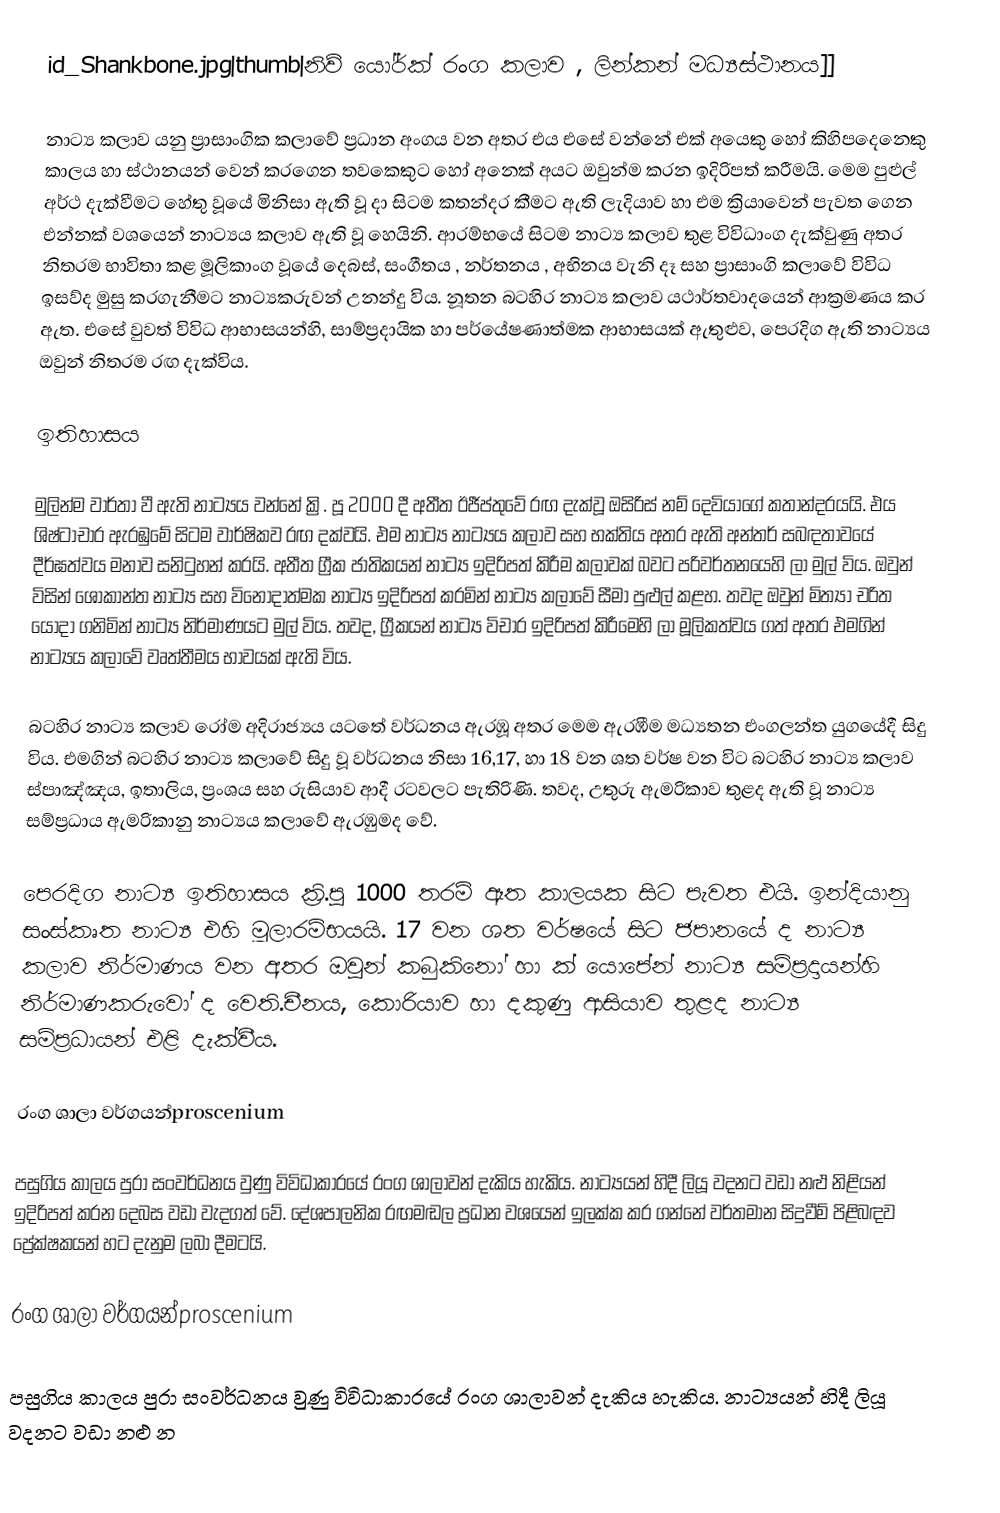
id_Shankbone.jpg|thumb|නිව් යෝර්ක් රංග කලාව , ලින්කන් මධ්‍යස්ථානය]]

නාට්‍ය කලාව යනු ප්‍රාසාංගික කලාවේ ප්‍රධාන අංගය වන අතර එය එසේ වන්නේ එක් අයෙකු හෝ කිහිපදෙනෙකු කාලය හා ස්ථානයන් වෙන් කරගෙන තවකෙකුට හෝ අනෙක් අයට ඔවුන්ම කරන ඉදිරිපත් කරීමයි. මෙම පුළුල් අර්ථ දැක්වීමට හේතු වූයේ මිනිසා ඇති වූ දා සිටම කතන්දර කීමට ඇති ලැදියාව හා එම ක්‍රියාවෙන් පැවත ගෙන එන්නක් වශයෙන් නාට්‍යය කලාව ඇති වූ හෙයිනි. ආරම්භයේ සිටම නාට්‍ය කලාව තුළ විවිධාංග දැක්වුණු අතර නිතරම භාවිතා කළ මූලිකාංග වූයේ දෙබස්, සංගීතය , නර්තනය , අභිනය වැනි දෑ සහ ප්‍රාසාංගි කලාවේ විවිධ ඉසව්ද මුසු කරගැනීමට නාට්‍යකරුවන් උනන්දු විය. නූතන බටහිර නාට්‍ය කලාව යථාර්තවාදයෙන් ආක්‍රමණය කර ඇත. එසේ වුවත් විවිධ ආභාසයන්හි, සාම්ප්‍රදායික හා පර්යේෂණාත්මක ආභාසයක් ඇතුළුව, පෙරදිග ඇති නාට්‍යය ඔවුන් නිතරම රඟ දැක්විය.

ඉතිහාසය

මුලින්ම වාර්තා වී ඇති නාට්‍යය වන්නේ ක්‍රි. පූ 2000 දී අතීත ඊජීප්තුවේ රඟ දැක්වූ ඔසිරිස් නම් දෙවියාගේ කතාන්දරයයි. එය ශිෂ්ටාචාර ඇරඹුමේ සිටම වාර්ෂිකව රඟ දක්වයි. එම නාට්‍ය නාට්‍යය කලාව සහ භක්තිය අතර ඇති අන්තර් සබඳතාවයේ දීර්ඝත්වය මනාව සනිටුහන් කරයි. අතීත ග්‍රීක ජාතිකයන් නාට්‍ය ඉදිරිපත් කිරීම කලාවක් බවට පරිවර්තනයෙහි ලා මුල් විය. ඔවුන් විසින් ශෝකාන්ත නාට්‍ය සහ විනෝදාත්මක නාට්‍ය ඉදිරිපත් කරමින් නාට්‍ය කලාවේ සීමා පුළුල් කළහ. තවද ඔවුන් මිත්‍යා චරිත යොදා ගනිමින් නාට්‍ය නිර්මාණයට මුල් විය. තවද, ග්‍රීකයන් නාට්‍ය විචාර ඉදිරිපත් කිරීමෙහි ලා මූලිකත්වය ගත් අතර එමගින් නාට්‍යය කලාවේ වෘත්තීමය භාවයක් ඇති විය.

බටහිර නාට්‍ය කලාව රෝම අදිරාජ්‍යය යටතේ වර්ධනය ඇරඹූ අතර මෙම ඇරඹීම මධ්‍යතන එංගලන්ත යුගයේදී සිදු විය. එමගින් බටහිර නාට්‍ය කලාවේ සිදු වූ වර්ධනය නිසා 16,17, හා 18 වන ශත වර්ෂ වන විට බටහිර නාට්‍ය කලාව ස්පාඤ්ඤය, ඉතාලිය, ප්‍රංශය සහ රුසියාව ආදී රටවලට පැතිරිණි. තවද, උතුරු ඇමරිකාව තුළද ඇති වූ නාට්‍ය සම්ප්‍රධාය ඇමරිකානු නාට්‍යය කලාවේ ඇරඹුමද වේ.

පෙරදිග නාට්‍ය ඉතිහාසය ක්‍රි.පූ 1000 තරම් ඈත කාලයක සිට පැවත එයි. ඉන්දියානු සංස්කෘත නාට්‍ය එහි මූලාරම්භයයි. 17 වන ශත වර්ෂයේ සිට ජපානයේ  ද නාට්‍ය කලාව නිර්මාණය වන අතර ඔවුන් කබුකිනෝ හා  ක් යොපේන් නාට්‍ය සම්ප්‍රදායන්හි නිර්මාණකරුවෝ ද වෙති.චීනය, කොරියාව හා දකුණු ආසියාව තුළද නාට්‍ය සම්ප්‍රධායන්  එළි දැක්වීය.

රංග ශාලා වර්ගයන්proscenium

පසුගිය කාලය පුරා සංවර්ධනය වුණු විවිධාකාරයේ රංග ශාලාවන් දැකිය හැකිය. නාට්‍යයන් හිදී ලියූ වදනට වඩා නළු නිළියන් ඉදිරිපත් කරන දෙබස වඩ‍ා වැදගත් වේ. දේශපාලනික රඟමඬල ප්‍රධාන වශයෙන් ඉලක්ක කර ගන්නේ වර්තමාන සිදුවීම් පිළිබඳව ප්‍රේක්ෂකයන් හට දැනුම ලබා දීමටයි.

රංග ශාලා වර්ගයන්proscenium

පසුගිය කාලය පුරා සංවර්ධනය වුණු විවිධාකාරයේ රංග ශාලාවන් දැකිය හැකිය. නාට්‍යයන් හිදී ලියූ වදනට වඩා නළු න